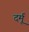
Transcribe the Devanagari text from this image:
दर्मू